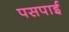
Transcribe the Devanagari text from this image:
पसपाई